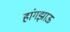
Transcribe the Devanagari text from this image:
हांगझाऊ